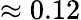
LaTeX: \approx 0.12